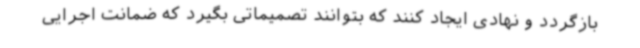
بازگردد و نهادی ایجاد کنند که بتوانند تصمیماتی بگیرد که ضمانت اجرایی